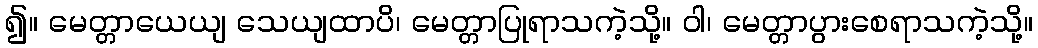
၍။ မေတ္တာယေယျ သေယျထာပိ၊ မေတ္တာပြုရာသကဲ့သို့။ ဝါ၊ မေတ္တာပွားစေရာသကဲ့သို့။